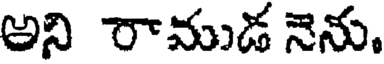
అని రాముడ నెను.